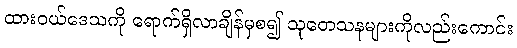
ထားဝယ်ဒေသကို ရောက်ရှိလာချိန်မှစ၍ သုတေသနများကိုလည်းကောင်း